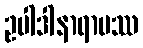
ဥပါဒါနာရာမဿ